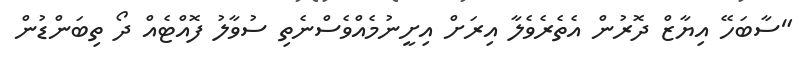
"ސާބަހޭ އިޔާޒް ދޮރުން އެތެރެވެލާ އިރަށް އިށީނުމެއްވެސްނެތި ސުވާލު ފޮއްޓެއް ދޯ ތިބަންޑުން